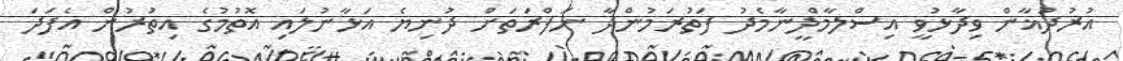
އުރުދުޣާން ވިދާޅުވީ އިސްލާމްދީނާމެދު ފަތުރަމުންދާ ނަފްރަތަށް ދުނިޔެ އަޅާނުލައި އޮތުމުގެ އިތުރުން އެފަދަ